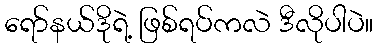
ရော်နယ်ဒိုရဲ့ ဖြစ်ရပ်ကလဲ ဒီလိုပါပဲ။